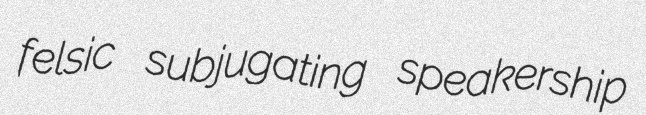
felsic subjugating speakership